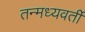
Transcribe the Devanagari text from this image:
तन्मध्यवर्ती